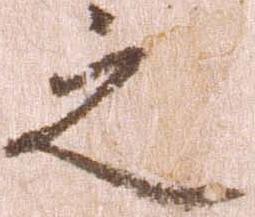
之